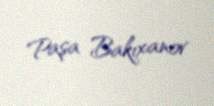
Paşa Bakıxanov